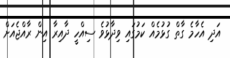
އަދި އެހާމެ ގާތް ގުޅުމެއް ކަމުގައި ވިދާޅުވެ ސިއްހީ ދާއިރާ އިން ރާއްޖެއަށް